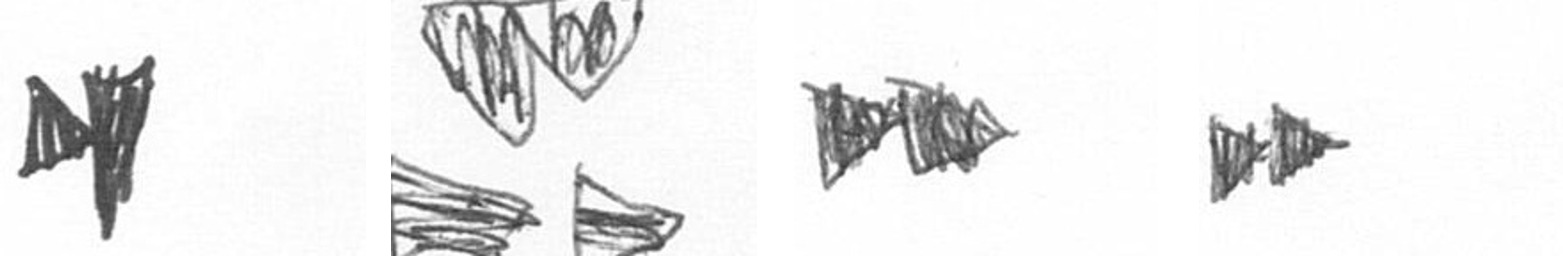
M B A A